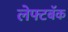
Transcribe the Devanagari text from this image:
लेफ्टबॅक